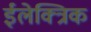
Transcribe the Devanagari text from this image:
ईलेक्त्रिक